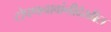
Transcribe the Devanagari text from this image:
टोपणनावांनीदेखील